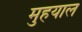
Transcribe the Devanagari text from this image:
मुहयाल